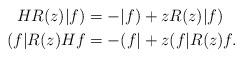
LaTeX: \begin{align*} HR(z)|f) &= -|f) +z R(z)|f)\\ (f|R(z)Hf&=-( f| + z( f|R(z)f.\end{align*}